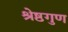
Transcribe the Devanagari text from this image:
श्रेष्ठगुण